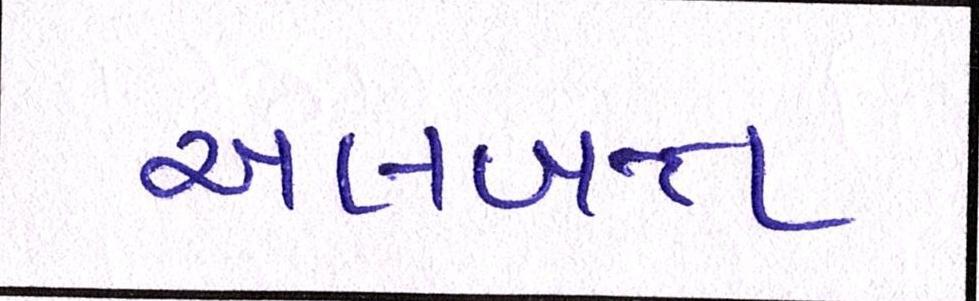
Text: અલબત્ત